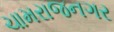
ચામરાજનગર